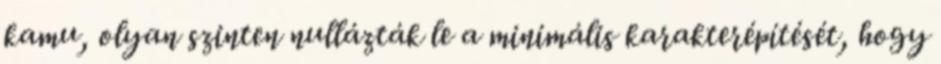
kamu, olyan szinten nullázták le a minimális karakterépítését, hogy